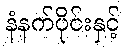
နံနက်ပိုင်းနှင့်